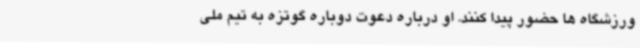
ورزشگاه ها حضور پیدا کنند. او درباره دعوت دوباره گوتزه به تیم ملی